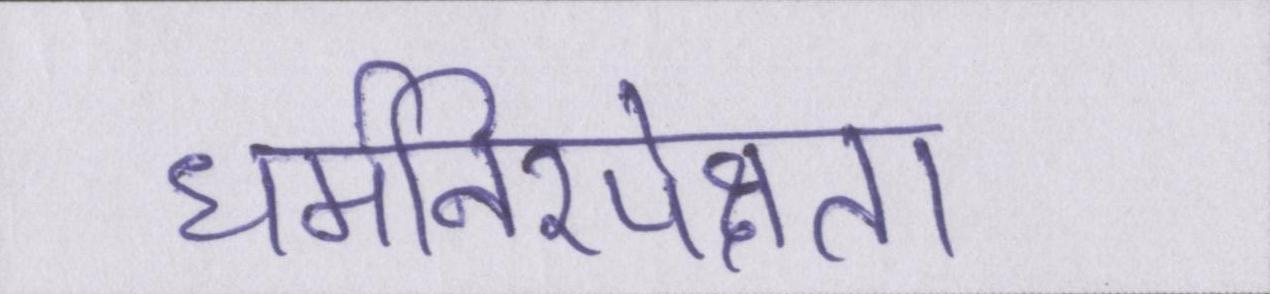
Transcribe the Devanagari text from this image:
धर्मनिरपेक्षता